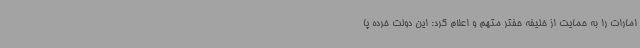
امارات را به حمایت از خلیفه حفتر متهم و اعلام کرد: این دولت خرده پا